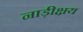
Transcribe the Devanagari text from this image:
नाड़ीक्षय